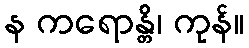
န ကရောန္တိ၊ ကုန်။